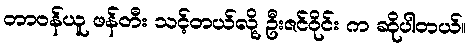
တာဝန်ယူ ဖန်တီး သင့်တယ်လို့ ဦးဇင်ဝိုင်း က ဆိုပါတယ်။